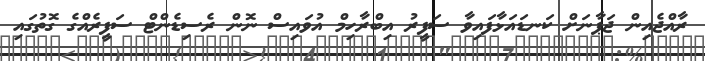
ރާއްޖެއިން ޖަޕާނަށް ކަނޑައަޅާފައިވާ ސަފީރު އިބްރާހިމް އުވައިސް ނޮން ރެސިޑެންޓް ސަފީރެއްގެ ގޮތުގައި